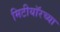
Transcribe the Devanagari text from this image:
मिटीयॉरच्या